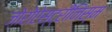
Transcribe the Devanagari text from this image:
ज़ोरोऐस्ट्रीनिस्म